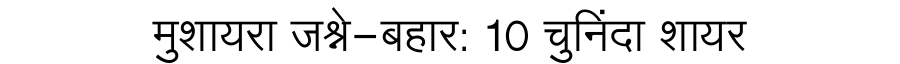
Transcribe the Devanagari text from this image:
मुशायरा जश्ने-बहार: 10 चुनिंदा शायर